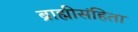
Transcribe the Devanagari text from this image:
ब्राह्मीसंहिता